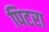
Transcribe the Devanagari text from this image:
पिटरा